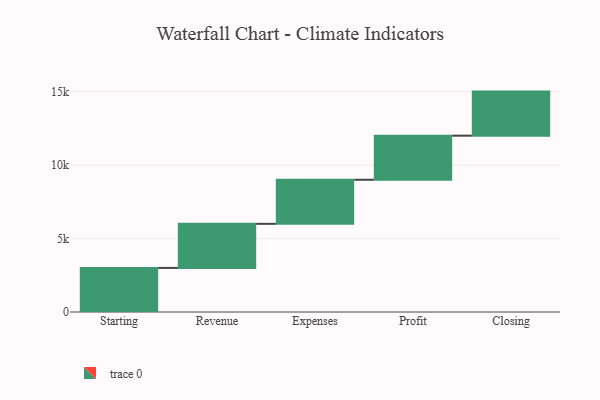
{"axis": {"x": "Step", "y": "Value"}, "legend": [""], "data": [{"x": "Starting", "y": 3000, "type": ""}, {"x": "Revenue", "y": 3000, "type": ""}, {"x": "Expenses", "y": 3000, "type": ""}, {"x": "Profit", "y": 3000, "type": ""}, {"x": "Closing", "y": 3000, "type": ""}]}